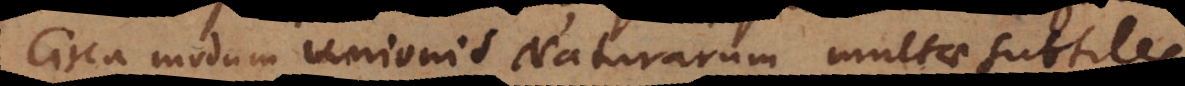
Circa modum Unionis Naturarum multae subtiles